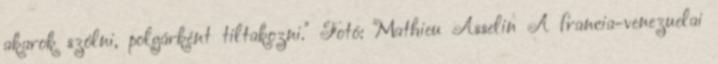
akarok szólni, polgárként tiltakozni." Fotó: Mathieu Asselin A francia-venezuelai